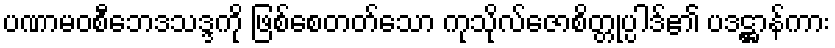
ပဏာမဝစီဘေဒသဒ္ဒကို ဖြစ်စေတတ်သော ကုသိုလ်ဇောစိတ္တုပ္ပါဒ်၏ ပဒဋ္ဌာန်ကား